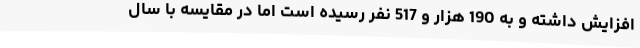
افزایش داشته و به 190 هزار و 517 نفر رسیده است اما در مقایسه با سال